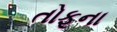
તોફૂના